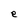
Character: e